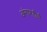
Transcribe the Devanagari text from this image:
अंगारतीर्थ